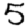
Digit: 5